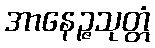
အာနေဉ္ဇသုတ္တံ